Vaccination Hyderabad 1890-1903 - 1890-1903
Year: 1890
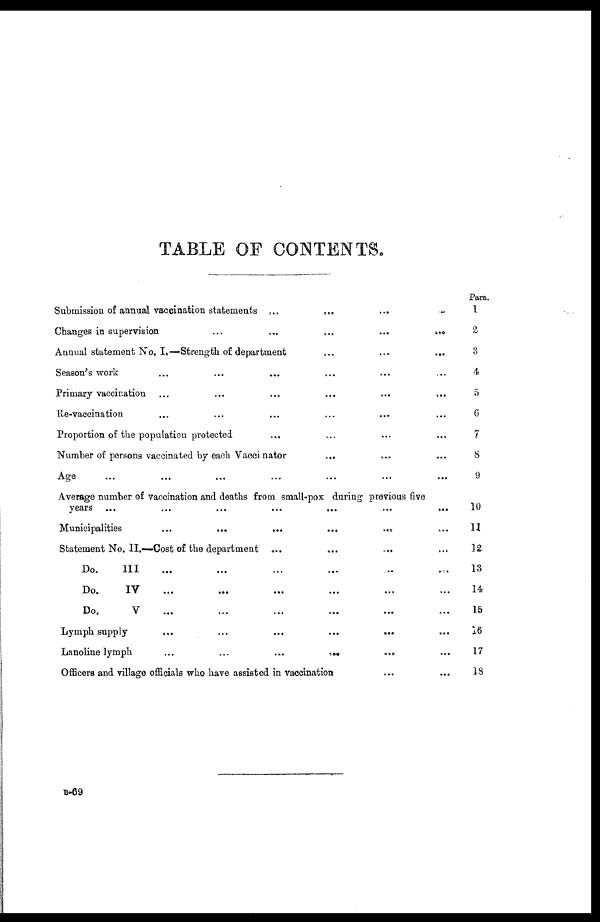
TABLE OF CONTENTS.
Submission of annual vaccination statements ...
... ... ...
Changes in supervision
...
...
...
...
...
Annual statement No. I,—Strength of department ... ... ...
Season's work ... ... ... ... ... ...
Primary vaccination ... ... ... ... ... ...
He-vaccination ... ... ... ... ... ...
Proportion of the population protected ... ... ... ...
Number of persons vaccinated by each Vaccinator
... ... ...
Age ... ... ... ... ... ... ...
Average number of vaccination and deaths from small-pox daring previous five
years ... ... ... ... ... ... ...
Municipalities ... ... ... ... ... ...
Statement No. II.—Cost of the department ... ... ... ...
Do.
III
...
...
...
...
...
...
Do.
IV ... ... ... ... ... ...
Do.
V
...
...
...
...
...
...
Lymph supply
... ... ... ... ... ...
Lanoline lymph
...
...
...
...
... ...
Officers and village officials who have assisted in vaccination ... ...
Para.
1
2
3
4
5
6
7
8
9
10
11
12
13
14*
15
16
17
18
B-69